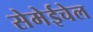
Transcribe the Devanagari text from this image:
सेमेईचेल